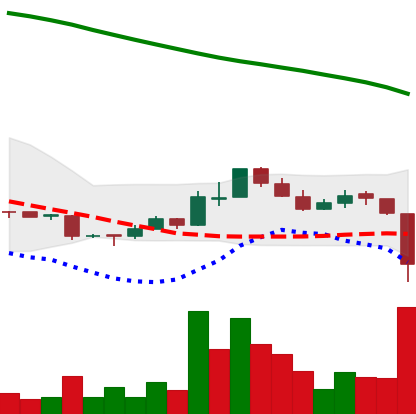
Ticker: ADA-USD
Chart end date: 2018-11-14
Forward return: -18.885%
Label: down_7plus